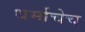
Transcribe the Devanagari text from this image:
धर्माचेच